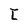
Character: I